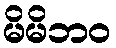
မိမိဘဝ